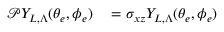
\raggedleft \begin{array} { r l } { \mathcal { P } Y _ { L , \Lambda } ( \theta _ { e } , \phi _ { e } ) } & { { } = \sigma _ { x z } Y _ { L , \Lambda } ( \theta _ { e } , \phi _ { e } ) } \end{array}